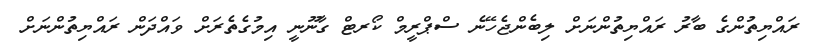
ރައްޔިތުންގެ ބާރު ރައްޔިތުންނަށް ލިބެންޖެހޭނެ ސްޕްރީމް ކޯރޓް ގާނޫނީ އިމުގެތެރަށް ވައްދަން ރައްޔިތުންނަށް